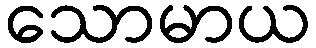
သောမာယ